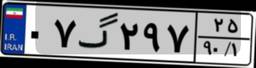
۰۷گ۲۹۷۲۵